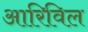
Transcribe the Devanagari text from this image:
आरिविल